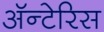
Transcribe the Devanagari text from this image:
अॅन्टेरिस